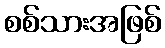
စစ်သားအဖြစ်